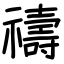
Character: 禱